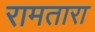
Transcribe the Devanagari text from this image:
रामतारा